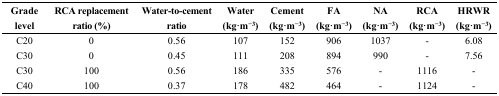
<table><thead><tr><td><b>Grade level</b></td><td><b>RCA replacement ratio (%)</b></td><td><b>Water-to-cement ratio</b></td><td><b>Water (kg·m<sup>−3</sup>)</b></td><td><b>Cement (kg·m<sup>−3</sup>)</b></td><td><b>FA (kg·m<sup>−3</sup>)</b></td><td><b>NA (kg·m<sup>−3</sup>)</b></td><td><b>RCA (kg·m<sup>−3</sup>)</b></td><td><b>HRWR (kg·m<sup>−3</sup>)</b></td></tr></thead><tbody><tr><td>C20</td><td>0</td><td>0.56</td><td>107</td><td>152</td><td>906</td><td>1037</td><td>-</td><td>6.08</td></tr><tr><td>C30</td><td>0</td><td>0.45</td><td>111</td><td>208</td><td>894</td><td>990</td><td>-</td><td>7.56</td></tr><tr><td>C30</td><td>100</td><td>0.56</td><td>186</td><td>335</td><td>576</td><td>-</td><td>1116</td><td>-</td></tr><tr><td>C40</td><td>100</td><td>0.37</td><td>178</td><td>482</td><td>464</td><td>-</td><td>1124</td><td>-</td></tr></tbody></table>